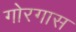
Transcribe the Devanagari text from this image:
गोरगास